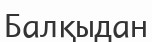
Балқыдан